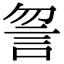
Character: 𧥲